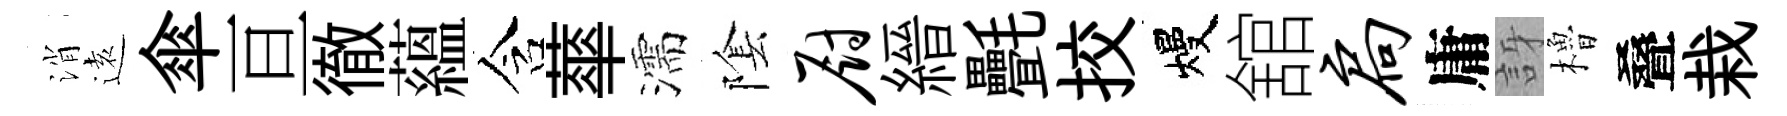
消逺傘亘徹蘊含蕐濡隂厨縉㲲挍熳舘扃庸訝櫓叠栽